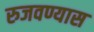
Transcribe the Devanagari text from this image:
रुजवण्यास